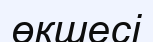
өкшесі